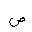
Letter: _sad